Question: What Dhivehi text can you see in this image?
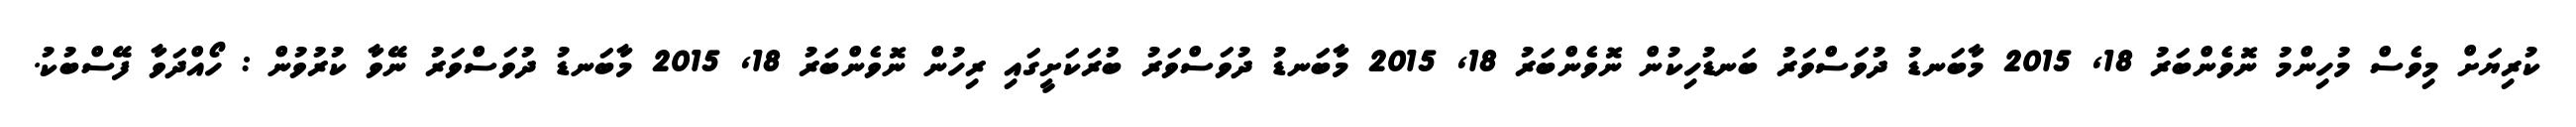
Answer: ކުރިޔަށް މިވެސް މުހިންމު ނޮވެންބަރު 18, 2015 މާބަނޑު ދުވަސްވަރު ބަނޑުހިކުން ނޮވެންބަރު 18, 2015 މާބަނޑު ދުވަސްވަރު ބުރަކަށީގައި ރިހުން ނޮވެންބަރު 18, 2015 މާބަނޑު ދުވަސްވަރު ނޭވާ ކުރުވުން : ހޯއްދަވާ ފޭސްބުކު.